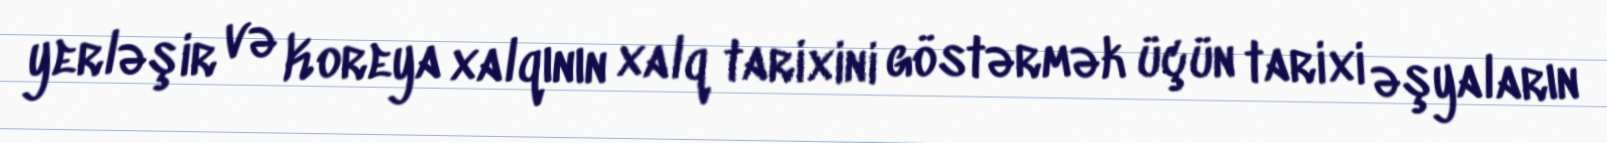
yerləşir və Koreya xalqının xalq tarixini göstərmək üçün tarixi əşyaların